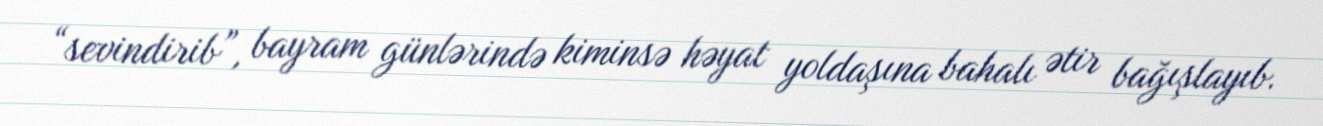
“sevindirib”, bayram günlərində kiminsə həyat yoldaşına bahalı ətir bağışlayıb.